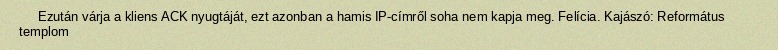
Ezután várja a kliens ACK nyugtáját, ezt azonban a hamis IP-címről soha nem kapja meg. Felícia. Kajászó: Református templom